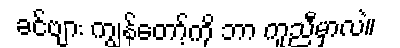
ခင်ဗျား ကျွန်တော့်ကို ဘာ ကူညီမှာလဲ။